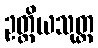
ဥတ္တိယသုတ္တ